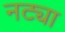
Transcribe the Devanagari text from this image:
नट्या